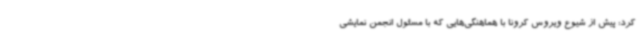
کرد: پیش از شیوع ویروس کرونا با هماهنگی‌هایی که با مسئول انجمن نمایشی